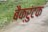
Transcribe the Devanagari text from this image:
बैक्रुंटक